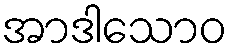
အာဒါသောဝ